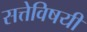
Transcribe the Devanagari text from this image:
सत्तेविषयी